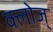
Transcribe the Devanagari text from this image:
क्लोज्